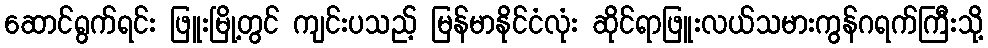
ဆောင်ရွက်ရင်း ဖြူးမြို့တွင် ကျင်းပသည့် မြန်မာနိုင်ငံလုံး ဆိုင်ရာဖြူးလယ်သမားကွန်ဂရက်ကြီးသို့